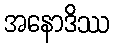
အနောဒိဿ